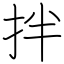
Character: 拌